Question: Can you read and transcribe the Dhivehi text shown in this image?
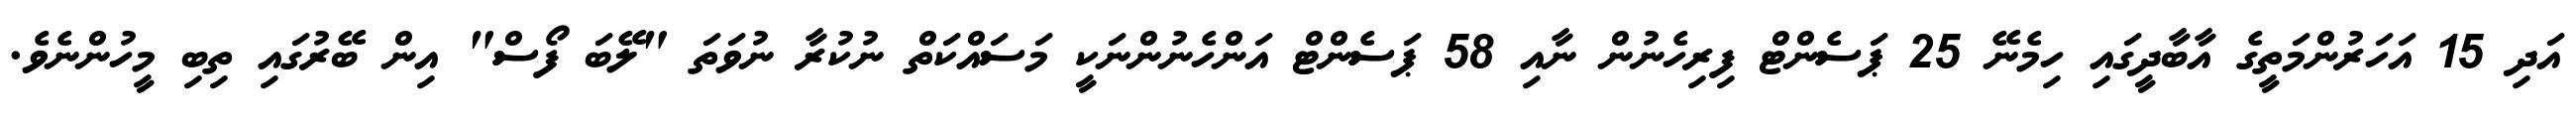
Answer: އަދި 15 އަހަރުންމަތީގެ އާބާދީގައި ހިމެނޭ 25 ޕަސެންޓް ފިރިހެނުން ނާއި 58 ޕަސެންޓް އަންހެނުންނަކީ މަސައްކަތް ނުކުރާ ނުވަތަ "ލޭބަ ފޯސް" އިން ބޭރުގައި ތިބި މީހުންނެވެ.